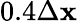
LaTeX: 0.4\Delta\mathbf{x}